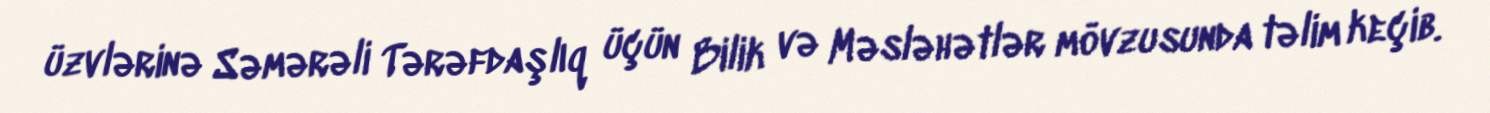
üzvlərinə Səmərəli Tərəfdaşlıq üçün Bilik və Məsləhətlər mövzusunda təlim keçib.